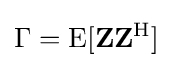
\Gamma =\operatorname {E} [\mathbf {Z} \mathbf {Z} ^{\mathrm {H} }]